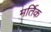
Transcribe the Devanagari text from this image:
मर्तिक